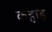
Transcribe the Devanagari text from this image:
कहाइ